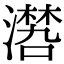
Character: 𣿏